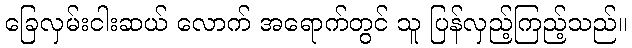
ခြေလှမ်းငါးဆယ် လောက် အရောက်တွင် သူ ပြန်လှည့်ကြည့်သည်။